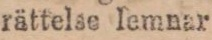
rättelse lemnar